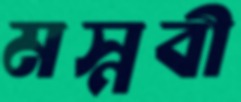
মস্নবী